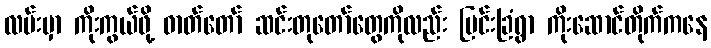
လမ်းမှာ ကိုးကွယ်ဖို့ ဓာတ်တော် ဆင်းတုတော်တွေကိုလည်း မြင်းခြံရွာ ကိုးဆောင်တိုက်ကနေ